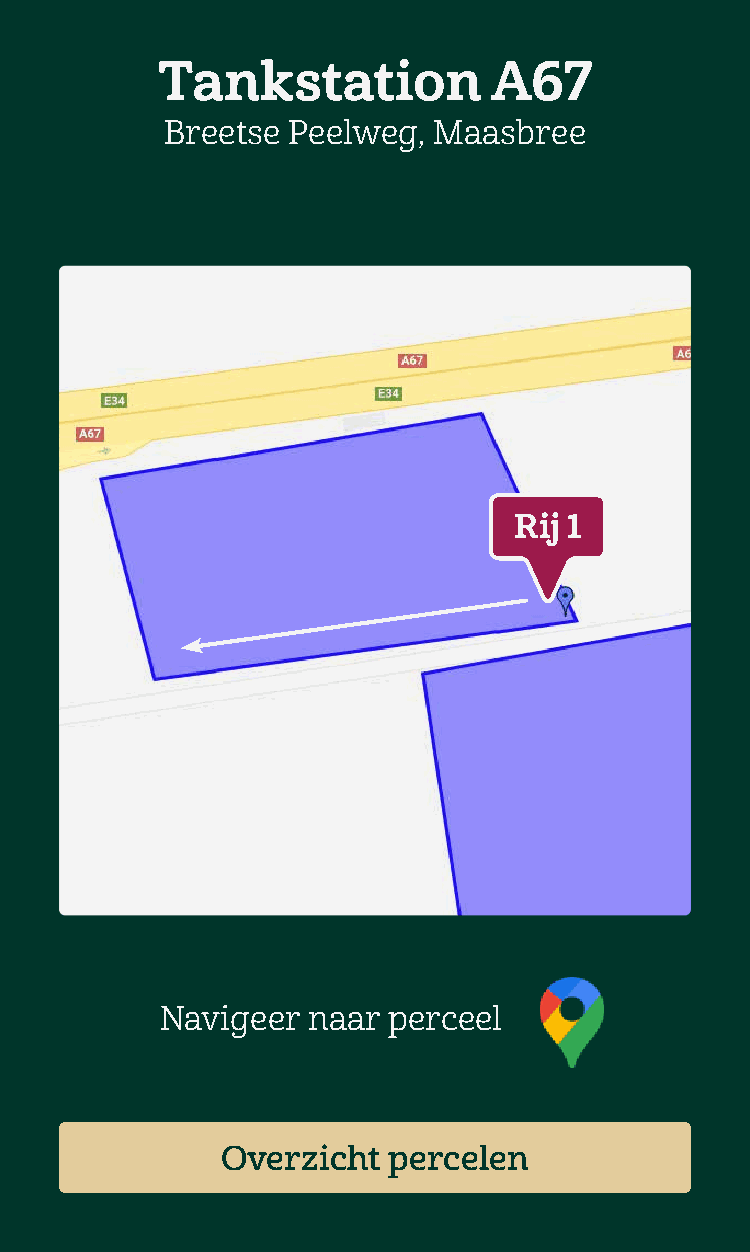
Tankstation            A67
 Breetse Peelweg,  Maasbree
 Rij 1
 Navigeer naar  perceel
 Overzicht  percelen